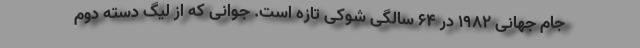
جام جهانی 1982 در 64 سالگی شوکی تازه است. جوانی که از لیگ دسته دوم